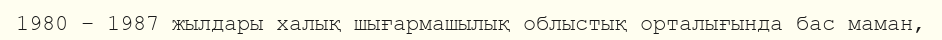
1980 – 1987 жылдары халық шығармашылық облыстық орталығында бас маман,